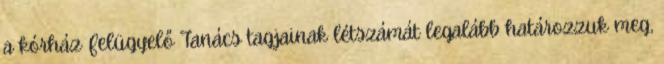
a kórház Felügyelő Tanács tagjainak létszámát legalább határozzuk meg,